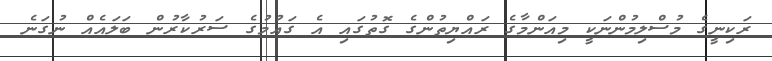
ރަކިނީގެ މުސްލިމުންނަކީ މިއަންމާގެ ރައްޔިތުންގެ ގޮތުގައި އެ ގައުމުގެ ސަރުކާރުން ބަލައެއް ނުގަނެ